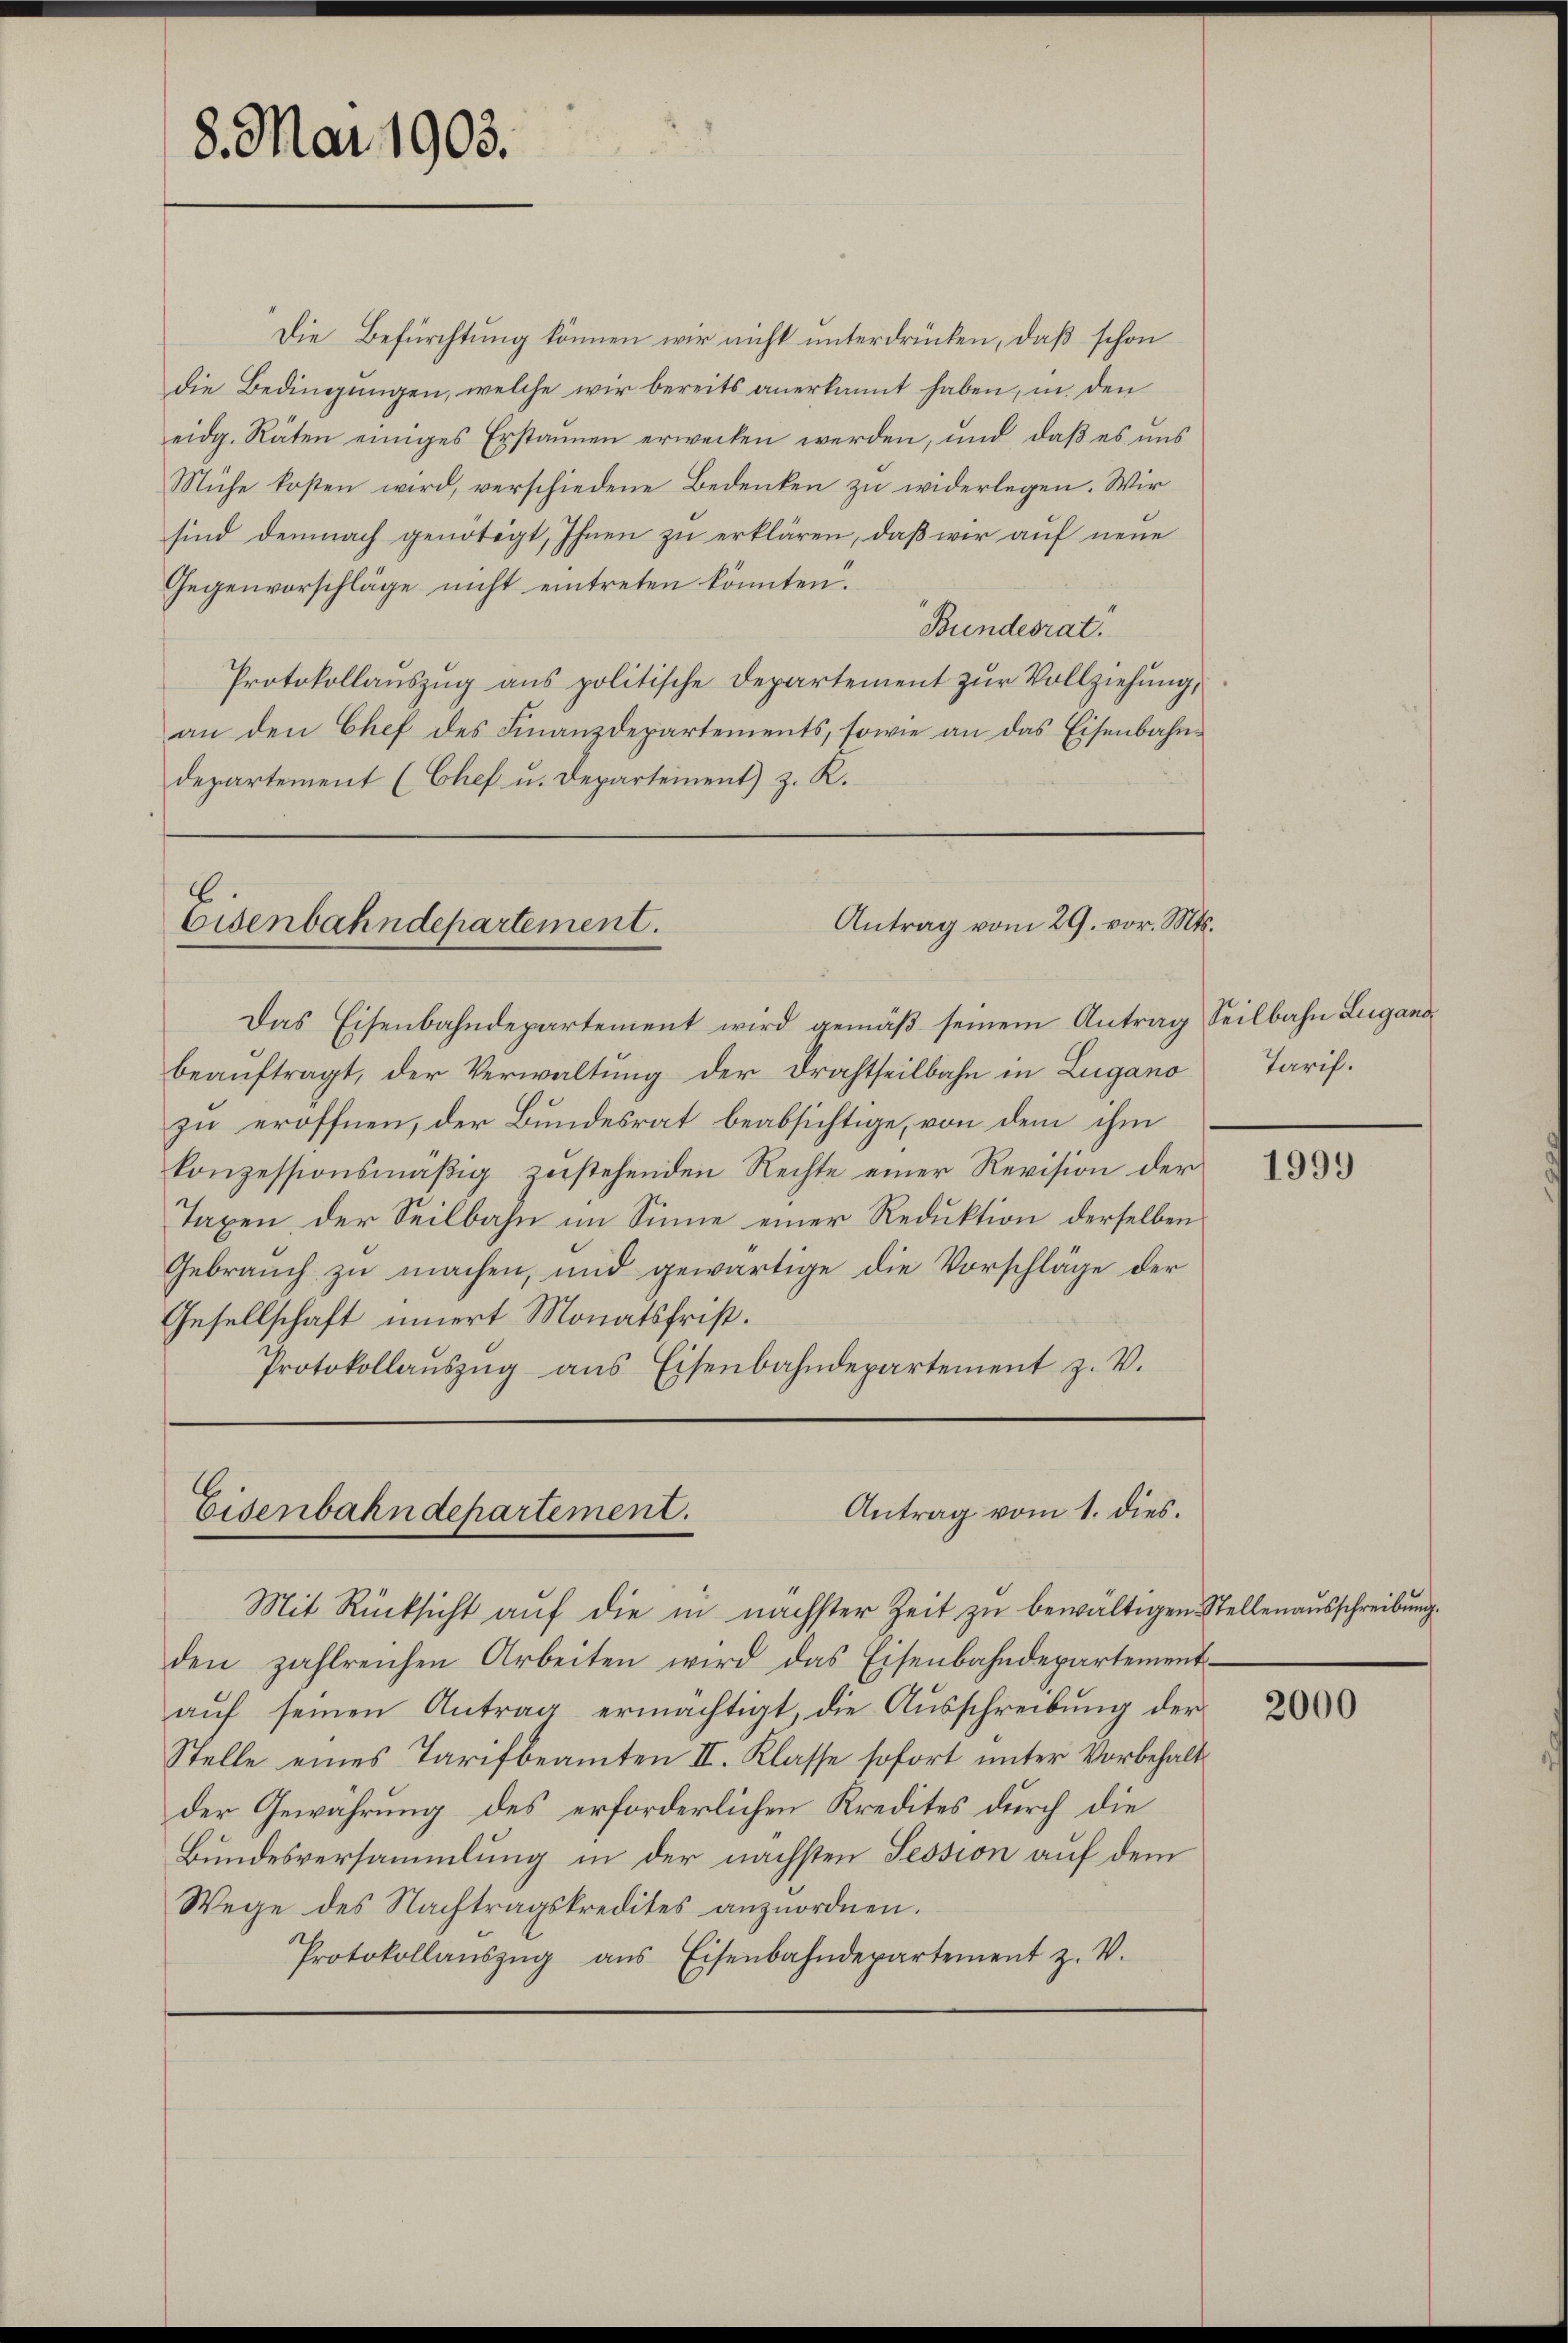
8. Mai 1903.

Die Befürchtung können wir nicht unterdrücken, daß schon
die Bedingungen, welche wir bereits anerkannt haben, in den
eidg. Räten einiges Erstaunen erwecken werden, und daß es uns
Mühe kosten wird, verschiedene Bedenken zu widerlegen. Wir
sind demnach genötigt, Ihnen zu erklären, daß wir auf neue
Gegenvorschläge nicht eintreten könnten.
Bundesrat.
Protokollauszug aus politische Departement zur Vollziehung,
an den Chef des Finanzdepartements, sowie an das Eisenbahndepartement (Chef u. Departement) z. R.

Antrag vom 29. vor. Mts.
Eisenbahndepartement.

Das Eisenbahndepartement wird gemäβ seinem Antrag Seilbahn Lugano
beauftragt, der Verwaltung der Drahtheilbahn in Zugano
zu eröffnen, der Bundesrat beabsichtige, von dem ihm
konzessionsmäßig zustehenden Rechte einer Revision der
Taxen der Seilbahn im Sinne einer Reduktion derselben
Gebrauch zu machen, und gewärtige die Vorschläge der
Gesellschaft innert Monatsfrist.
Protokollaŭszŭg aŭs Eisenbahndepartement z. V.

Antrag vom 1. dies.
Eisenbahndepartement.

Tarif.

Mit Rücksicht auf die in nächster Zeit zu bewältigen Stellenausschreibung.
den zahlreichen Arbeiten wird das Eisenbahndepartement-
aŭf seinen Antrag ermächtigt, die Ausschreibung der
Stelle eines Tarifbeamten II. Klasse sofort unter Vorbehalt
der Gewährung des erforderlichen Kredites durch die
Bundesversammlung in der nächsten Session auf dem
Wege des Nachtragskredites anzuordnen.
.
Protokollaŭszŭg aŭs Eisenbahndepartement z. V.

1999

2000